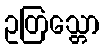
ဥတြသ္တော